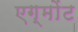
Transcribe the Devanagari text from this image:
एग्मोंट